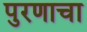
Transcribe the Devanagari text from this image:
पुरणाचा